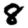
Digit: 8